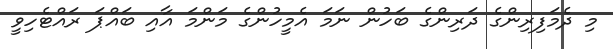
މި ދެމަފިރިންގެ ދަރިންގެ ބަހުން ނަމަ އެމީހުންގެ މަންމަ އާއި ބައްޕަ ރައްޓެހިވީ